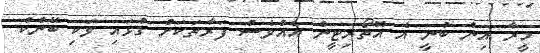
މީރާ އިން ބުނީ އެ އޮތޯރިޓީން އެއްވެސް ފަރާތަކަށް ގުޅައި ވަކި ބޭންކް